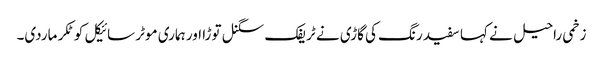
زخمی راحیل نے کہا سفید رنگ کی گاڑی نے ٹریفک سگنل توڑا اور ہماری موٹر سائیکل کو ٹکر ماردی۔